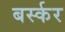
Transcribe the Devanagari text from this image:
बर्स्कर